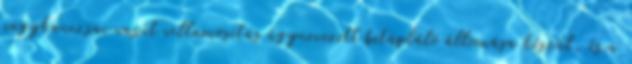
nagykanizsai vasút villamosítás úgynevezett betápláló állomása készül, és a